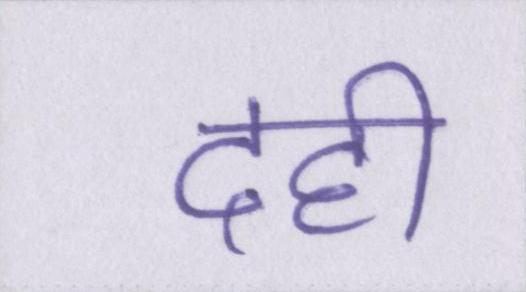
दही